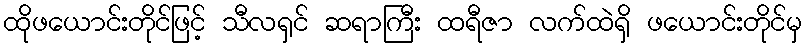
ထိုဖယောင်းတိုင်ဖြင့် သီလရှင် ဆရာကြီး ထရီဇာ လက်ထဲရှိ ဖယောင်းတိုင်မှ